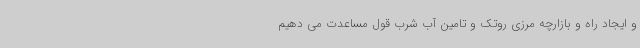
و ایجاد راه و بازارچه مرزی روتک و تامین آب شرب قول مساعدت می دهیم